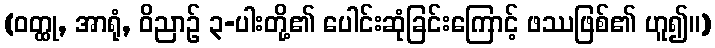
(ဝတ္ထု, အာရုံ, ဝိညာဉ် ၃-ပါးတို့၏ ပေါင်းဆုံခြင်းကြောင့် ဖဿဖြစ်၏ ဟူ၍။)